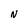
Character: N